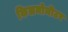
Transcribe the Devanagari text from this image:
किलमोमीटर